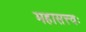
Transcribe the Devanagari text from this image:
महासत्त्वः